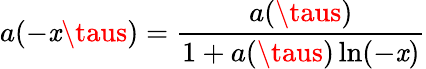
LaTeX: a(-\mathit{x}\taus)={\frac{{a(\taus)}}{{1+a(\taus)\ln(-\mathit{x})}}}